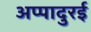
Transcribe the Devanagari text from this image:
अप्पादुरई